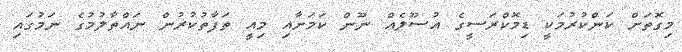
މިގޮތަށް ކަންކުރުމަކީ ޑިމޮކްރަސީގެ އުސޫލެއް ނޫން ކަމަށާއި މިއީ ތަފާތުކުރުން ނައްތާލުމުގެ ނަމުގައި